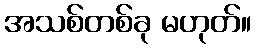
အသစ်တစ်ခု မဟုတ်။